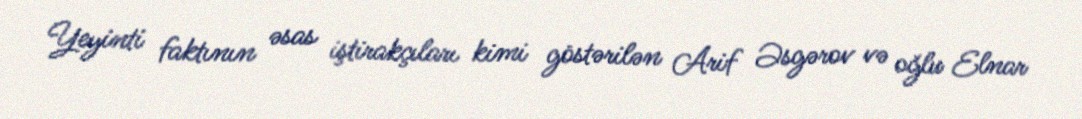
Yeyinti faktının əsas iştirakçıları kimi göstərilən Arif Əsgərov və oğlu Elnar